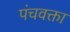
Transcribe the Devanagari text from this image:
पंचवक्ता